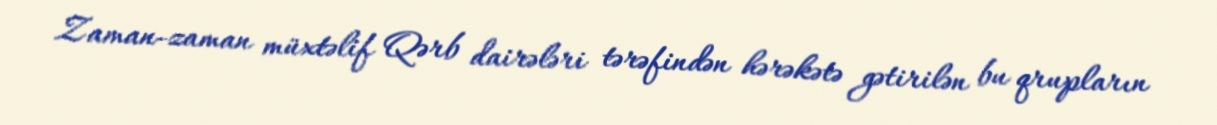
Zaman-zaman müxtəlif Qərb dairələri tərəfindən hərəkətə gətirilən bu qrupların